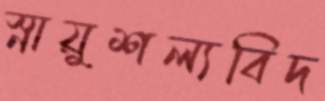
স্নায়ুশল্যবিদ